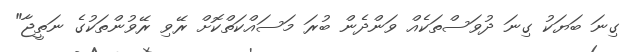
ގިނަ ބަޔަކު ގިނަ ދުވަސްތަކެއް ވަންދެން ބުރަ މަސައްކަތްކޮށް ރޭވި ރޭވުންތަކުގެ ނަތީޖާ"